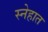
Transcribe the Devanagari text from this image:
स्नेहात